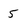
Character: 5